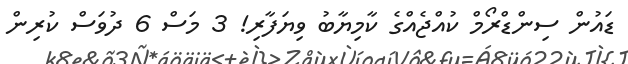
ޑައުން ސިންޑްރޯމް ކުއްޖެއްގެ ކާމިޔާބު ވިޔަފާރި! 3 މަސް 6 ދުވަސް ކުރިން